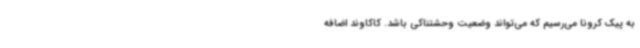
به پیک کرونا می‌رسیم که می‌تواند وضعیت وحشتناکی باشد. کاکاوند اضافه